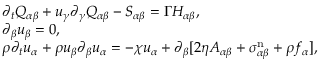
\begin{array} { r l } & { \partial _ { t } Q _ { \alpha \beta } + u _ { \gamma } \partial _ { \gamma } Q _ { \alpha \beta } - S _ { \alpha \beta } = \Gamma H _ { \alpha \beta } , } \\ & { \partial _ { \beta } u _ { \beta } = 0 , } \\ & { \rho \partial _ { t } u _ { \alpha } + \rho u _ { \beta } \partial _ { \beta } u _ { \alpha } = - \chi u _ { \alpha } + \partial _ { \beta } [ 2 \eta A _ { \alpha \beta } + \sigma _ { \alpha \beta } ^ { \mathrm { n } } + \rho f _ { \alpha } ] , } \end{array}